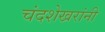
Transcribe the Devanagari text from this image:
चंदशेखरांनी